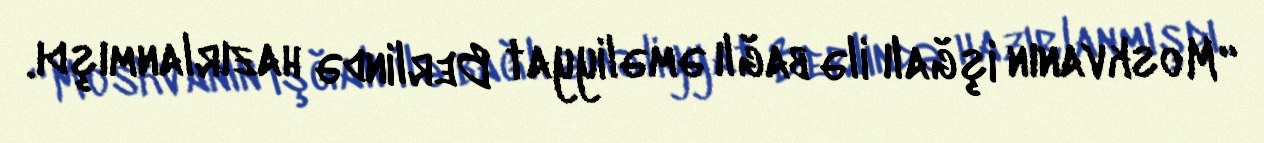
“Moskvanın işğalı ilə bağlı əməliyyat Berlində hazırlanmışdı.